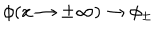
\phi ( x \rightarrow \pm \infty ) \rightarrow \phi _ { \pm }